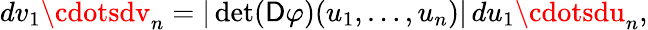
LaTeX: dv_{1}\cdotsdv_{n}=|\operatorname*{det}(\mathsf{D}\varphi)(u_{1},\ldots,u_{n})|\, du_{1}\cdotsdu_{n},